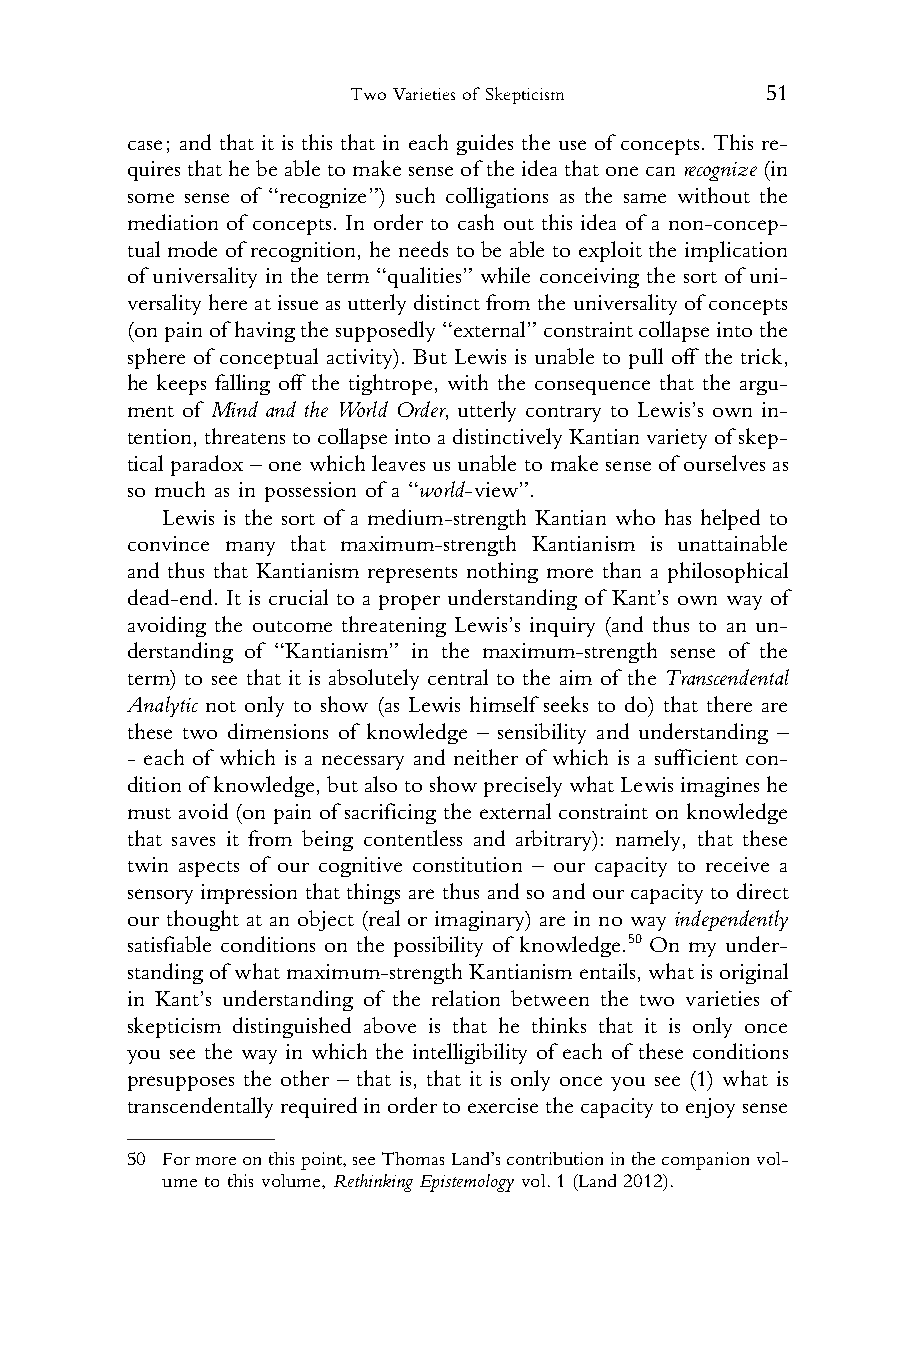
Two Varieties of Skepticism 51
 1 case; and that it is this that in each guides the use of concepts. This re-
 2 quiresthathebeabletomakesenseof theideathatonecanrecognize(in
 3 some sense of “recognize”) such colligations as the same without the
 4 mediation of concepts. In order to cash out this idea of a non-concep-
 5 tual mode of recognition, he needs to be able to exploit the implication
 6 of universality in the term “qualities” while conceiving the sort of uni-
 7 versalityhereatissueasutterlydistinctfrom theuniversalityofconcepts
 8 (onpainof havingthesupposedly“external”constraintcollapseintothe
 9 sphere of conceptual activity). But Lewis is unable to pull off the trick,
 10 he keeps falling off the tightrope, with the consequence that the argu-
 11 ment of Mind and the World Order, utterly contrary to Lewis’s own in-
 12 tention,threatenstocollapseintoadistinctivelyKantianvarietyofskep-
 13 ticalparadox–onewhich leaves usunable tomakesenseof ourselvesas
 14 so much as in possession of a “world-view”.
 15    Lewis is the sort of a medium-strength Kantian who has helped to
 16 convince many that maximum-strength Kantianism is unattainable
 17 and thus that Kantianism represents nothing more than a philosophical
 18 dead-end. It is crucial to a proper understanding of Kant’s own way of
 19 avoiding the outcome threatening Lewis’s inquiry (and thus to an un-
 20 derstanding of “Kantianism” in the maximum-strength sense of the
 21 term) to see that it is absolutely central to the aim of the Transcendental
 22 Analytic not only to show (as Lewis himself seeks to do) that there are
 23 these two dimensions of knowledge – sensibility and understanding –
 24 - each of which is a necessary and neither of which is a sufficient con-
 25 ditionof knowledge,butalsotoshowpreciselywhatLewisimagineshe
 26 must avoid (on pain of sacrificing the external constraint on knowledge
 27 that saves it from being contentless and arbitrary): namely, that these
 28 twin aspects of our cognitive constitution – our capacity to receive a
 29 sensory impression that things are thus and so and our capacity to direct
 30 our thought at an object (real or imaginary) are in no way independently
 31 satisfiable conditions on the possibility of knowledge.50 On my under-
 32 standingof whatmaximum-strengthKantianismentails,whatisoriginal
 33 in Kant’s understanding of the relation between the two varieties of
 34 skepticism distinguished above is that he thinks that it is only once
 35 you see the way in which the intelligibility of each of these conditions
 36 presupposes the other – that is, that it is only once you see (1) what is
 37 transcendentallyrequiredinordertoexercisethecapacitytoenjoysense
 38
 39 50 Formoreonthispoint,seeThomasLand’scontributioninthecompanionvol-
 40    ume to this volume, Rethinking Epistemology vol.1 (Land 2012).